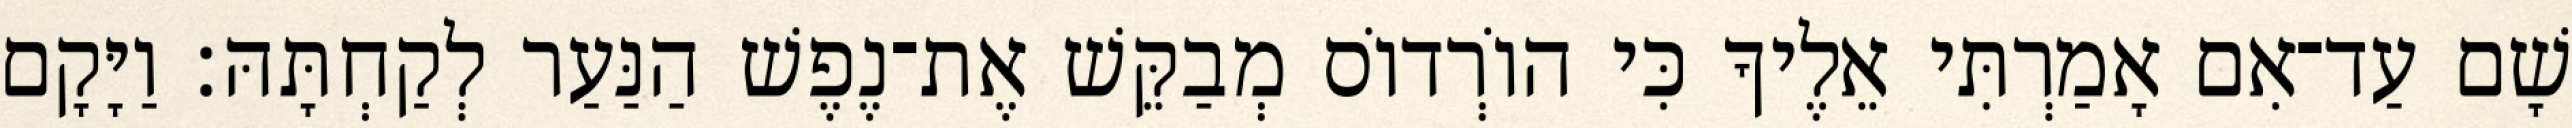
שָׁם עַד־אִם אָמַרְתִּי אֵלֶיךָ כִּי הוֹרְדוֹס מְבַקֵּשׁ אֶת־נֶפֶשׁ הַנַּעַר לְקַחְתָּהּ׃ וַיָּקָם